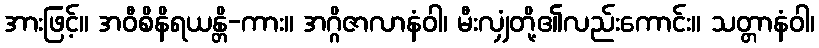
အားဖြင့်။ အဝီစိနိရယန္တိ-ကား။ အဂ္ဂိဇာလာနံဝါ၊ မီးလျှံတို့၏လည်းကောင်း။ သတ္တာနံဝါ၊